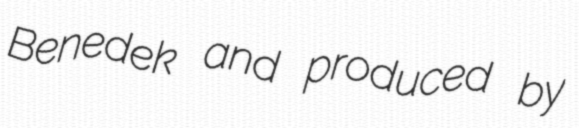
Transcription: Benedek and produced by